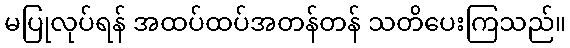
မပြုလုပ်ရန် အထပ်ထပ်အတန်တန် သတိပေးကြသည်။